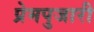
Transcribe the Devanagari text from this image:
प्रेमपुजारी